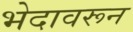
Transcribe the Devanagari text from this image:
भेदावरून